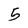
Character: 5